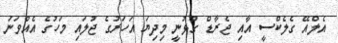
އެލްއޭ ގެލެކްސީ އާއި ޖެރާޑް ގުޅުނީ މިދިޔަ އަހަރުގެ ޖުލައި މަހުގެ އެއްވަނަ